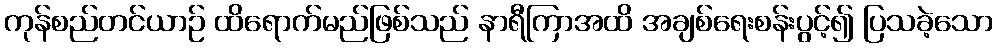
ကုန်စည်တင်ယာဉ် ထိရောက်မည်ဖြစ်သည် နာရီကြာအထိ အချစ်ရေးစန်းပွင့်၍ ပြသခဲ့သော